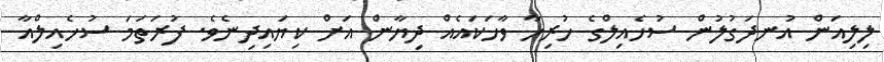
ލިލިއަން އުނދަގުލުން ސުހެއިލްގެ ހުރިހާ ވާހަކައެއް ދިޔާން އަށް ކިޔައިދިނެވެ. ފުރަތަމަަ ސުހެއިލްއާ